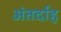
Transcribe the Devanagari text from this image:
अंतर्दाह